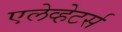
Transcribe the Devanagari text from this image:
एलेव्हेटर्स